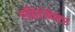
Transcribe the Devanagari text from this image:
एसिटोबेक्टर